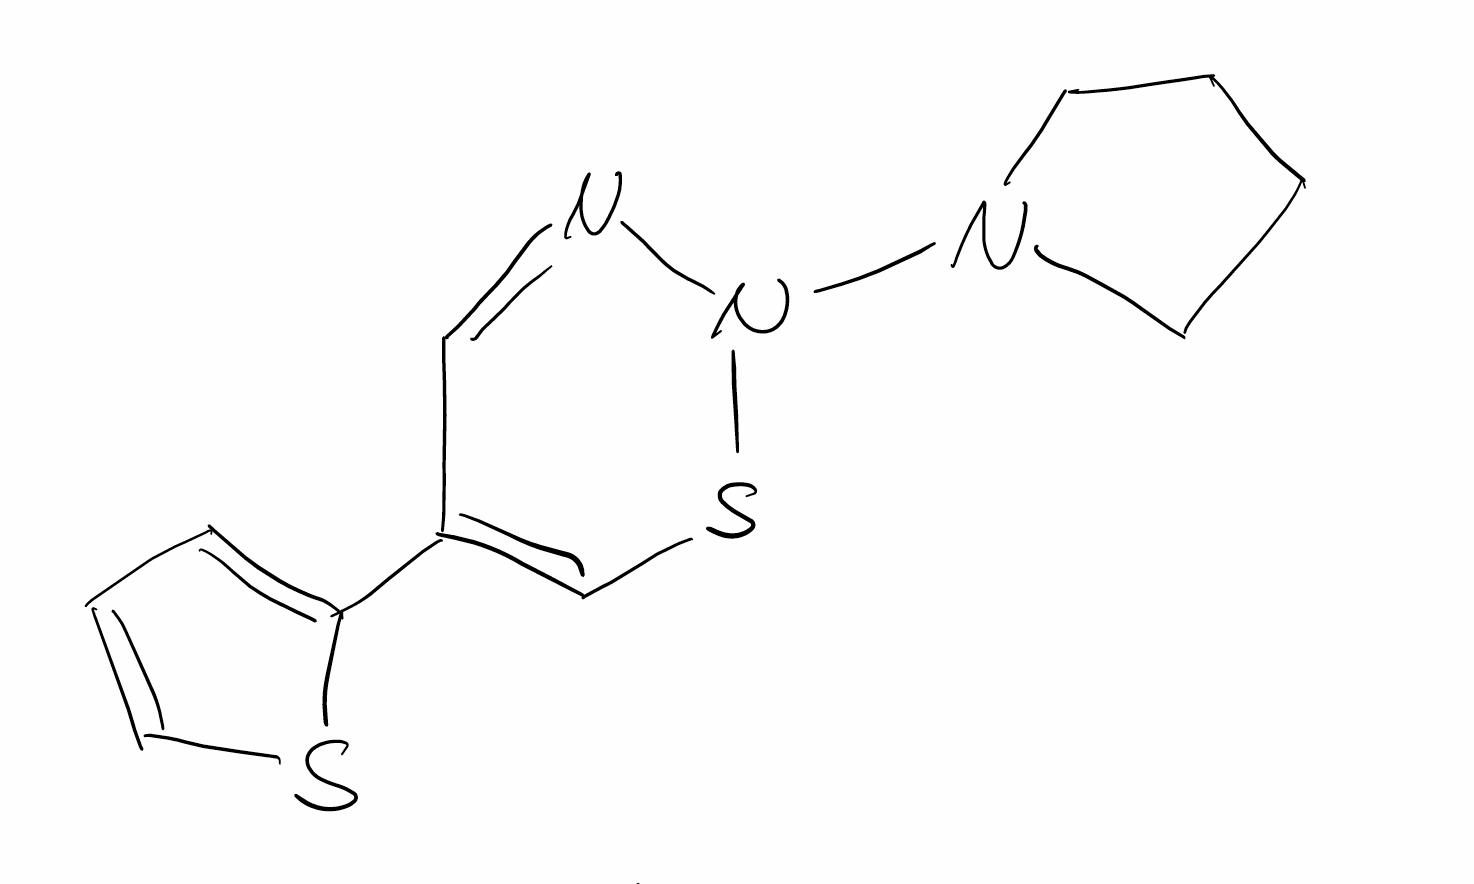
Simplified molecular-input line-entry system (SMILES) notation of the given molecule:
C1CCN(C1)N2N=CC(=CS2)C3=CC=CS3